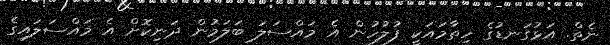
ނެތް. އަޅުގަނޑުގެ ހިތާމައަކީ ފުލުހުން އެ މައްސަލަ ބަލަމުން ދަނިކޮށް އެ މައްސަލައިގެ